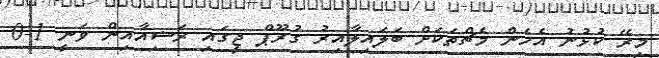
މިރޭ ކުޅުނު އެހެން މެޗްތަކަށް ބަލައިލާއިރު ގުރޫޕް ޖީގައި ރަަޝިއާއިން ވަނީ 1-0